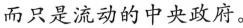
而只是流动的中央政府。